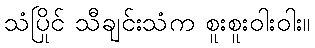
သံပြိုင် သီချင်းသံက စူးစူးဝါးဝါး။